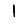
Digit: 1